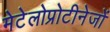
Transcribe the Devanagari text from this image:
मेटेलोप्रोटीनेजों